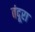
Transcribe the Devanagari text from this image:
बंदूरा